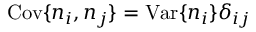
\mathrm { C o v } \{ n _ { i } , n _ { j } \} = \mathrm { V a r } \{ n _ { i } \} \delta _ { i j }